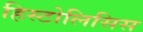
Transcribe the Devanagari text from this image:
हिस्टोलिसिस